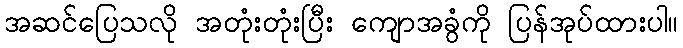
အဆင်ပြေသလို အတုံးတုံးပြီး ကျောအခွံကို ပြန်အုပ်ထားပါ။